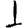
Digit: 1